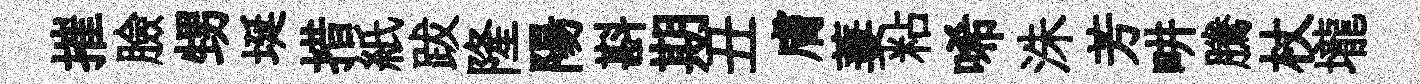
摧臉甥埏措紙跋隆陽斟期丑膚萋粘唏洙芳畊騰杖壠